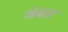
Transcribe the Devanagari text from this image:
मेब्स